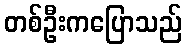
တစ်ဦးကပြောသည်